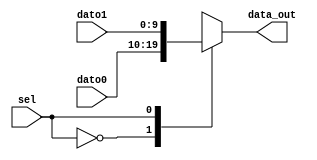
`timescale 1ns / 1ps
//////////////////////////////////////////////////////////////////////////////////
// Company: 
// Engineer: 
// 
// Design Name: 
// Module Name: multiplexor
// Project Name: 
// Target Devices: 
// Tool Versions: 
// Description: 
// 
// Dependencies: 
// 
// Revision:
// Revision 0.01 - File Created
// Additional Comments:
// 
//////////////////////////////////////////////////////////////////////////////////


module multiplexor(
    input [9:0] dato0,
    input [9:0] dato1,
    input sel,
    output reg [9:0] data_out
    );
    always @(sel,dato0,dato1)
    case (sel)
        1'b0: data_out = dato0;
        1'b1: data_out = dato1;
    endcase
endmodule